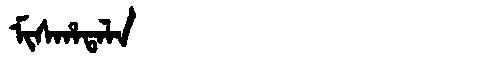
Manchu: ᠮᡳᠰᡥᠠᡨᠠᠯᠠ
Romanization: MISHATALA